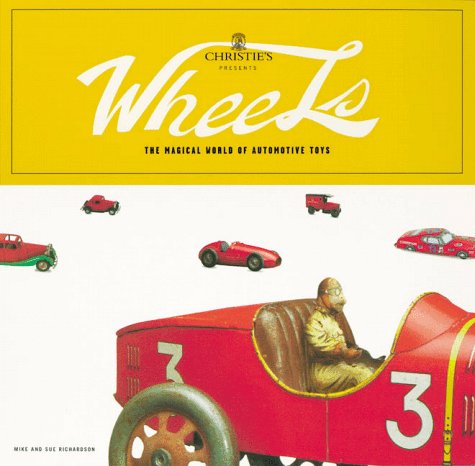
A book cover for Wheels: Christie's World of Automotive Toys; Chronicle Books LLC Staff; Crafts, Hobbies & Home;